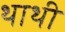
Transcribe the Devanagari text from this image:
थाथी